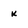
Character: k